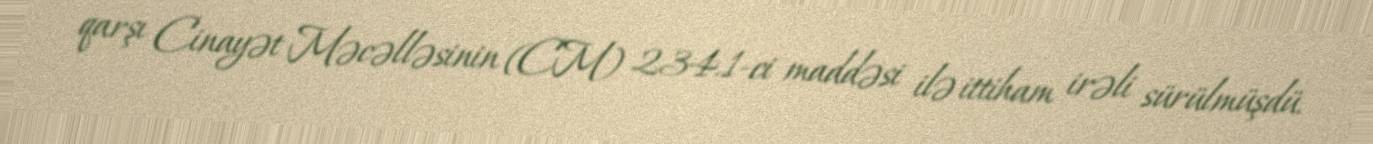
qarşı Cinayət Məcəlləsinin (CM) 234.1-ci maddəsi ilə ittiham irəli sürülmüşdü.